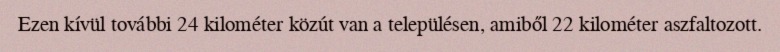
Ezen kívül további 24 kilométer közút van a településen, amiből 22 kilométer aszfaltozott.